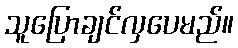
သူပြောချင်လှပေမည်။